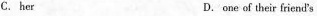
C. her D. one of their friend's